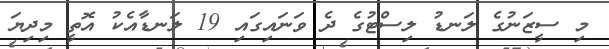
މި ސީޒަނުގެ ލަނޑު ލިސްޓުގެ ދެ ވަނައިގައި 19 ލަނޑާއެކު އޮތީ މިދިޔަ